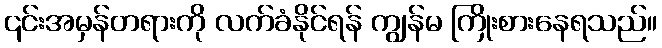
၎င်းအမှန်တရားကို လက်ခံနိုင်ရန် ကျွန်မ ကြိုးစားနေရသည်။